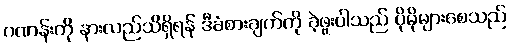
ဂဏန်းကို နားလည်သိရှိရန် ဒီခံစားချက်ကို ခဲ့ဖူးပါသည် ပိုမိုများစေသည်